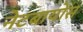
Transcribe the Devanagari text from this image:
नेटबायोस